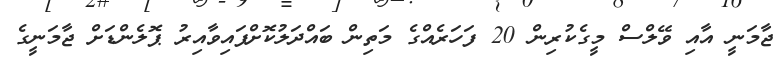
ޖާމަނީ އާއި ވޭލްސް މީގެކުރިން 20 ފަހަރެއްގެ މަތިން ބައްދަލުކޮށްފައިވާއިރު ޕޮލެންޑަށް ޖާމަނީގެ